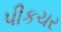
પીકચર